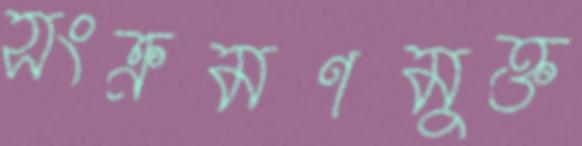
সংক্রমণমুক্ত